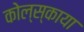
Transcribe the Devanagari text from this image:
कोल्स्काया